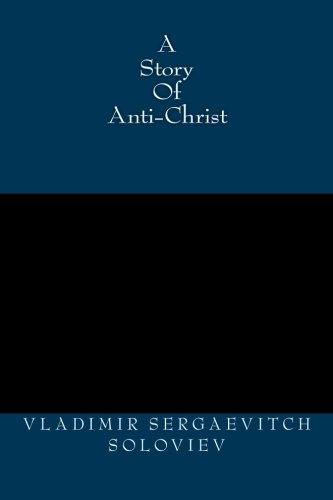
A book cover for A Story Of Anti-Christ; Vladimir Sergaevitch Soloviev; Religion & Spirituality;